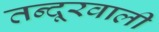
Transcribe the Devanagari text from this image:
तन्दूरवाली